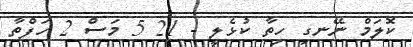
ކޮލަމް ނޭނގި ހިތާ ކުޅެލީ - 21 5 މަސް 2 ހަފްތާ